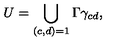
U = \bigcup _ { ( c , d ) = 1 } \Gamma \gamma _ { c d } ,